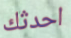
احدثك